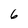
Character: 6